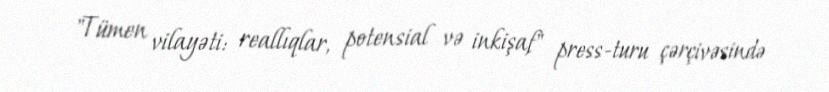
"Tümen vilayəti: reallıqlar, potensial və inkişaf" press-turu çərçivəsində